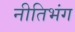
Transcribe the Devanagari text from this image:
नीतिभंग